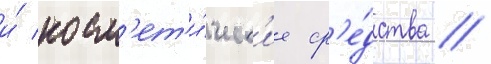
и́ косм'ет'и́ческ'ие ср'е́дства //